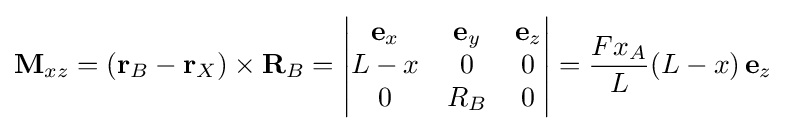
\mathbf {M} _{xz}=(\mathbf {r} _{B}-\mathbf {r} _{X})\times \mathbf {R} _{B}=\left|{\begin{matrix}\mathbf {e} _{x}&\mathbf {e} _{y}&\mathbf {e} _{z}\\L-x&0&0\\0&R_{B}&0\end{matrix}}\right|={\frac {Fx_{A}}{L}}(L-x)\,\mathbf {e} _{z}